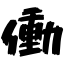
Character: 働